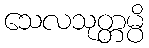
သေလသုတ္တမ္ပိ